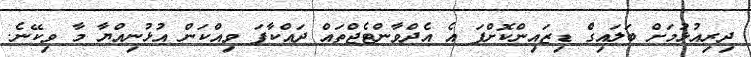
ދިރިއުޅުމަށް ބަލައިގެް ޑިޒައިންކޮށްފަ އެ އެދްވާންޓެޖްތައް ދައްކާފަ ވިއްކަން އުޅުނިއްޔާ މާ ވިކޭނެ.